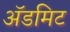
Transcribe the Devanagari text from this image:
ॲडमिट